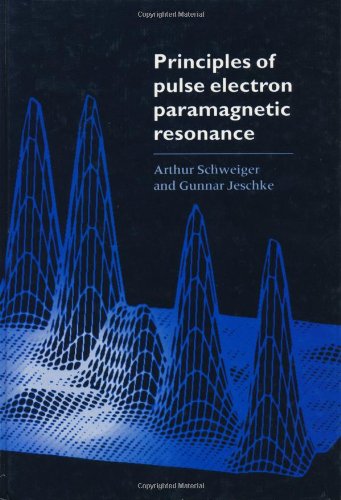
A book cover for Principles of Pulse Electron Paramagnetic Resonance; Arthur Schweiger; Science & Math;